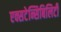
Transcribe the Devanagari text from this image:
एक्सटेन्सिबिलिटी